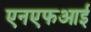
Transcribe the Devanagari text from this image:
एनएफआई